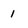
Character: 1